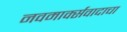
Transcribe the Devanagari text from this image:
नवमार्क्सवादाचा